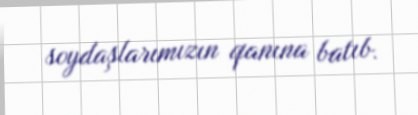
soydaşlarımızın qanına batıb.